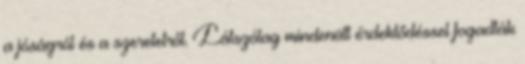
a jóságról és a szeretetről. Látszólag mindenütt érdeklődéssel fogadták